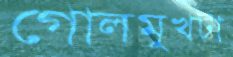
গোলমুখটা